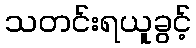
သတင်းရယူခွင့်